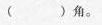
( )角。